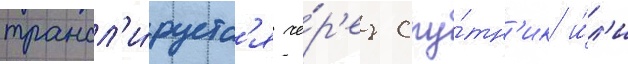
трансл'и́руетс'я че́р'ез спу́тн'ик и́л'и